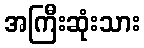
အကြီးဆုံးသား